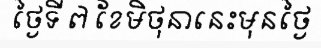
ថ្ងៃទី ៧ ខែមិថុនានេះមុនថ្ងៃ